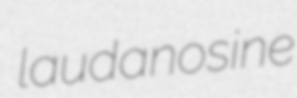
laudanosine